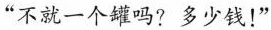
不就一个罐吗?多少钱!